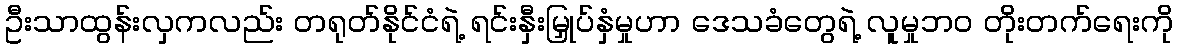
ဦးသာထွန်းလှကလည်း တရုတ်နိုင်ငံရဲ့ ရင်းနှီးမြှုပ်နှံမှုဟာ ဒေသခံတွေရဲ့ လူမှုဘဝ တိုးတက်ရေးကို